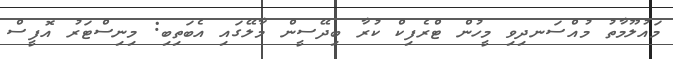
މައުލޫމާތު މުއްސަނދިވި މީހުން ޓްރެފިކް ކުރާ ބިދޭސީން މާލޭގައި އެބަތިބި: މިނިސްޓަރު އޮފީސް